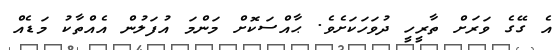
އެ ގޭގެ ވަރަށް ތާރީހީ ދުވަހަކަށެވެ. ޙާއްސަކޮށް މަންމަ އުފަލުން އެއްތާކު މަޑެއް